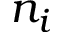
n _ { i }